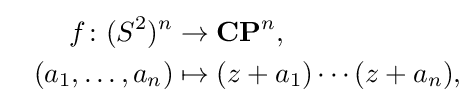
{\begin{aligned}\qquad f\colon (S^{2})^{n}&\to \mathbf {CP} ^{n},\\(a_{1},\dots ,a_{n})&\mapsto (z+a_{1})\cdots (z+a_{n}),\end{aligned}}